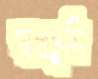
স্বপ্নভূমি